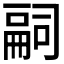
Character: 𠻸